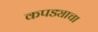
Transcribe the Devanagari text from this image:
कपड्याचा